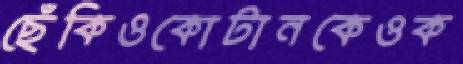
ছেঁকিওকোটানকেওক